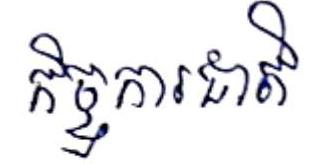
កិច្ចការជាតិ